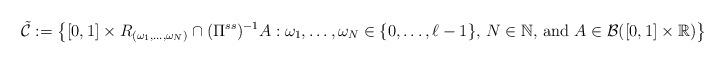
LaTeX: \begin{align*}\tilde{\mathcal{C}} := \left\{ [0,1] \times R _{(\omega _1 , \ldots , \omega _N)} \cap ( \Pi ^{ss} ) ^{-1} A : \omega _1 , \ldots , \omega _N \in \{ 0 , \ldots , \ell -1 \} , \, N \in \mathbb{N} \mbox{, and } A \in \mathcal{B} ( [0,1] \times \mathbb{R} ) \right\}\end{align*}